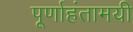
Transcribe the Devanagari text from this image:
पूर्णाहंतामयी